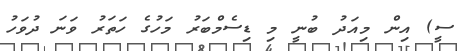
ސީ) އިން މިއަދު ބުނީ މި ޑިސެމްބަރު މަހުގެ ހަތަރު ވަނަ ދުވަހު